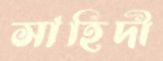
সাহিদী